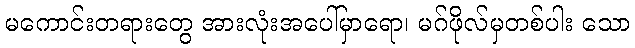
မကောင်းတရားတွေ အားလုံးအပေါ်မှာရော၊ မဂ်ဖိုလ်မှတစ်ပါး သော